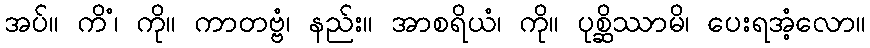
အပ်။ ကိံ၊ ကို။ ကာတဗ္ဗံ၊ နည်း။ အာစရိယံ၊ ကို။ ပုစ္ဆိဿာမိ၊ ပေးရအံ့လော။